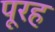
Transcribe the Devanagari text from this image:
पूरह